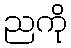
ညကို